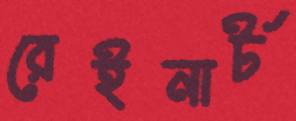
রেইনার্ট